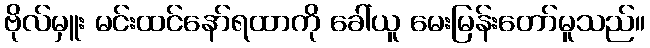
ဗိုလ်မှူး မင်းထင်နော်ရထာကို ခေါ်ယူ မေးမြန်းတော်မူသည်။